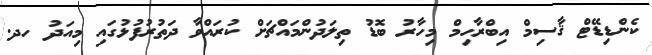
ކެންޑިޑޭޓް ޤާސިމް އިބްރާހިމް މިހާރު ބޮޑު ތިލަދުންމައްޗަށް ކުރައްވާ ދަތުރުފުޅުގައި މިއަދު ހދ.